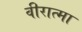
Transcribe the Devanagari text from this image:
वीरात्मा